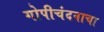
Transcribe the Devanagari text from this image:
गोपीचंदनाचा